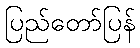
ပြည်တော်ပြန်